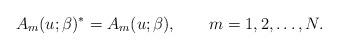
LaTeX: \begin{align*}A_m(u;\beta)^* = A_m(u;\beta), \qquad m=1,2,\dots,N. \end{align*}